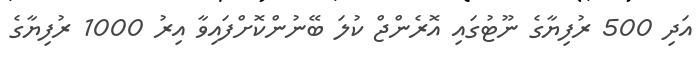
އަދި 500 ރުފިޔާގެ ނޫޓުގައި އޮރެންޖް ކުލަ ބޭނުންކޮށްފައިވާ އިރު 1000 ރުފިޔާގެ